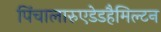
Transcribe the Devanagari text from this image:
पिंचालारुएडेडहैमिल्टन